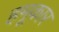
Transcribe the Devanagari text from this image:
हमूकार